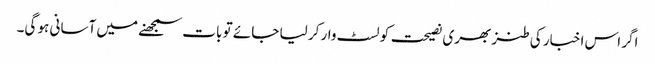
اگر اس اخبار کی طنز بھری نصیحت کو لسٹ وار کر لیا جائے تو بات سمجھنے میں آسانی ہو گی۔